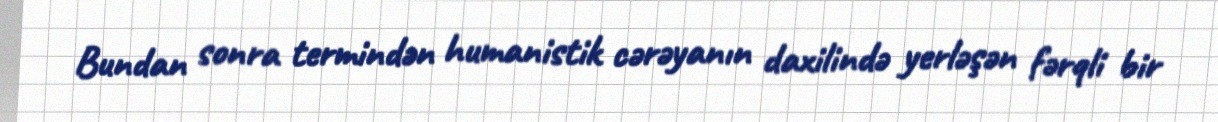
Bundan sonra termindən humanistik cərəyanın daxilində yerləşən fərqli bir